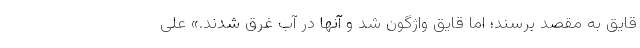
قایق به مقصد برسند؛ اما قایق واژگون شد و آنها در آب غرق شدند.» علی